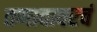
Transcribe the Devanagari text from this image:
तणावावरचं